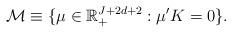
LaTeX: \begin{align*}\mathcal M\equiv \{ \mu\in\mathbb R^{J+2d+2}_+:\mu' K=0\}.\end{align*}